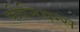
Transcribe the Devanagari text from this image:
फीनियन्स